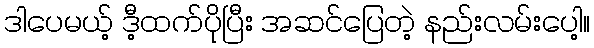
ဒါပေမယ့် ဒီ့ထက်ပိုပြီး အဆင်ပြေတဲ့ နည်းလမ်းပေါ့။